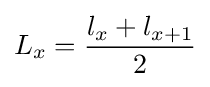
L_{x}={\frac {l_{x}+l_{x+1}}{2}}